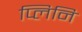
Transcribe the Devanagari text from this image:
प्लिनि